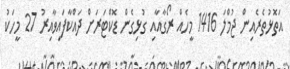
އަތޮޅުތެރެއިން ޖުމްލަ 1416 މީހެއް ރޯގާއާއި ގުޅިގެން ޑޮކްޓަރަށް ދައްކާފައިވާއިރު 27 މީހަކު